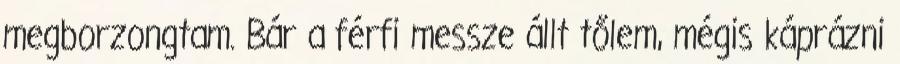
megborzongtam. Bár a férfi messze állt tőlem, mégis káprázni